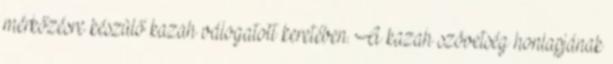
mérkőzésre készülő kazah válogatott keretében. A kazah szövetség honlapjának